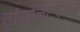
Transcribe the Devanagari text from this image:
ट्रांसलिटरेशन